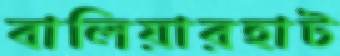
বালিয়ারহাট